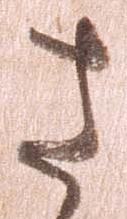
さ